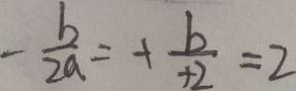
- \frac { b } { 2 a } = + \frac { b } { + 2 } = 2